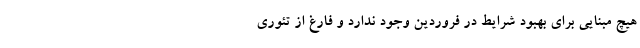
هیچ مبنایی برای بهبود شرایط در فروردین وجود ندارد و فارغ از تئوری